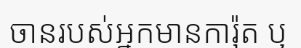
ចានរបស់អ្នកមានការ៉ុត ឬ